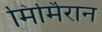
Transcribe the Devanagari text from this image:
मिर्मिरान